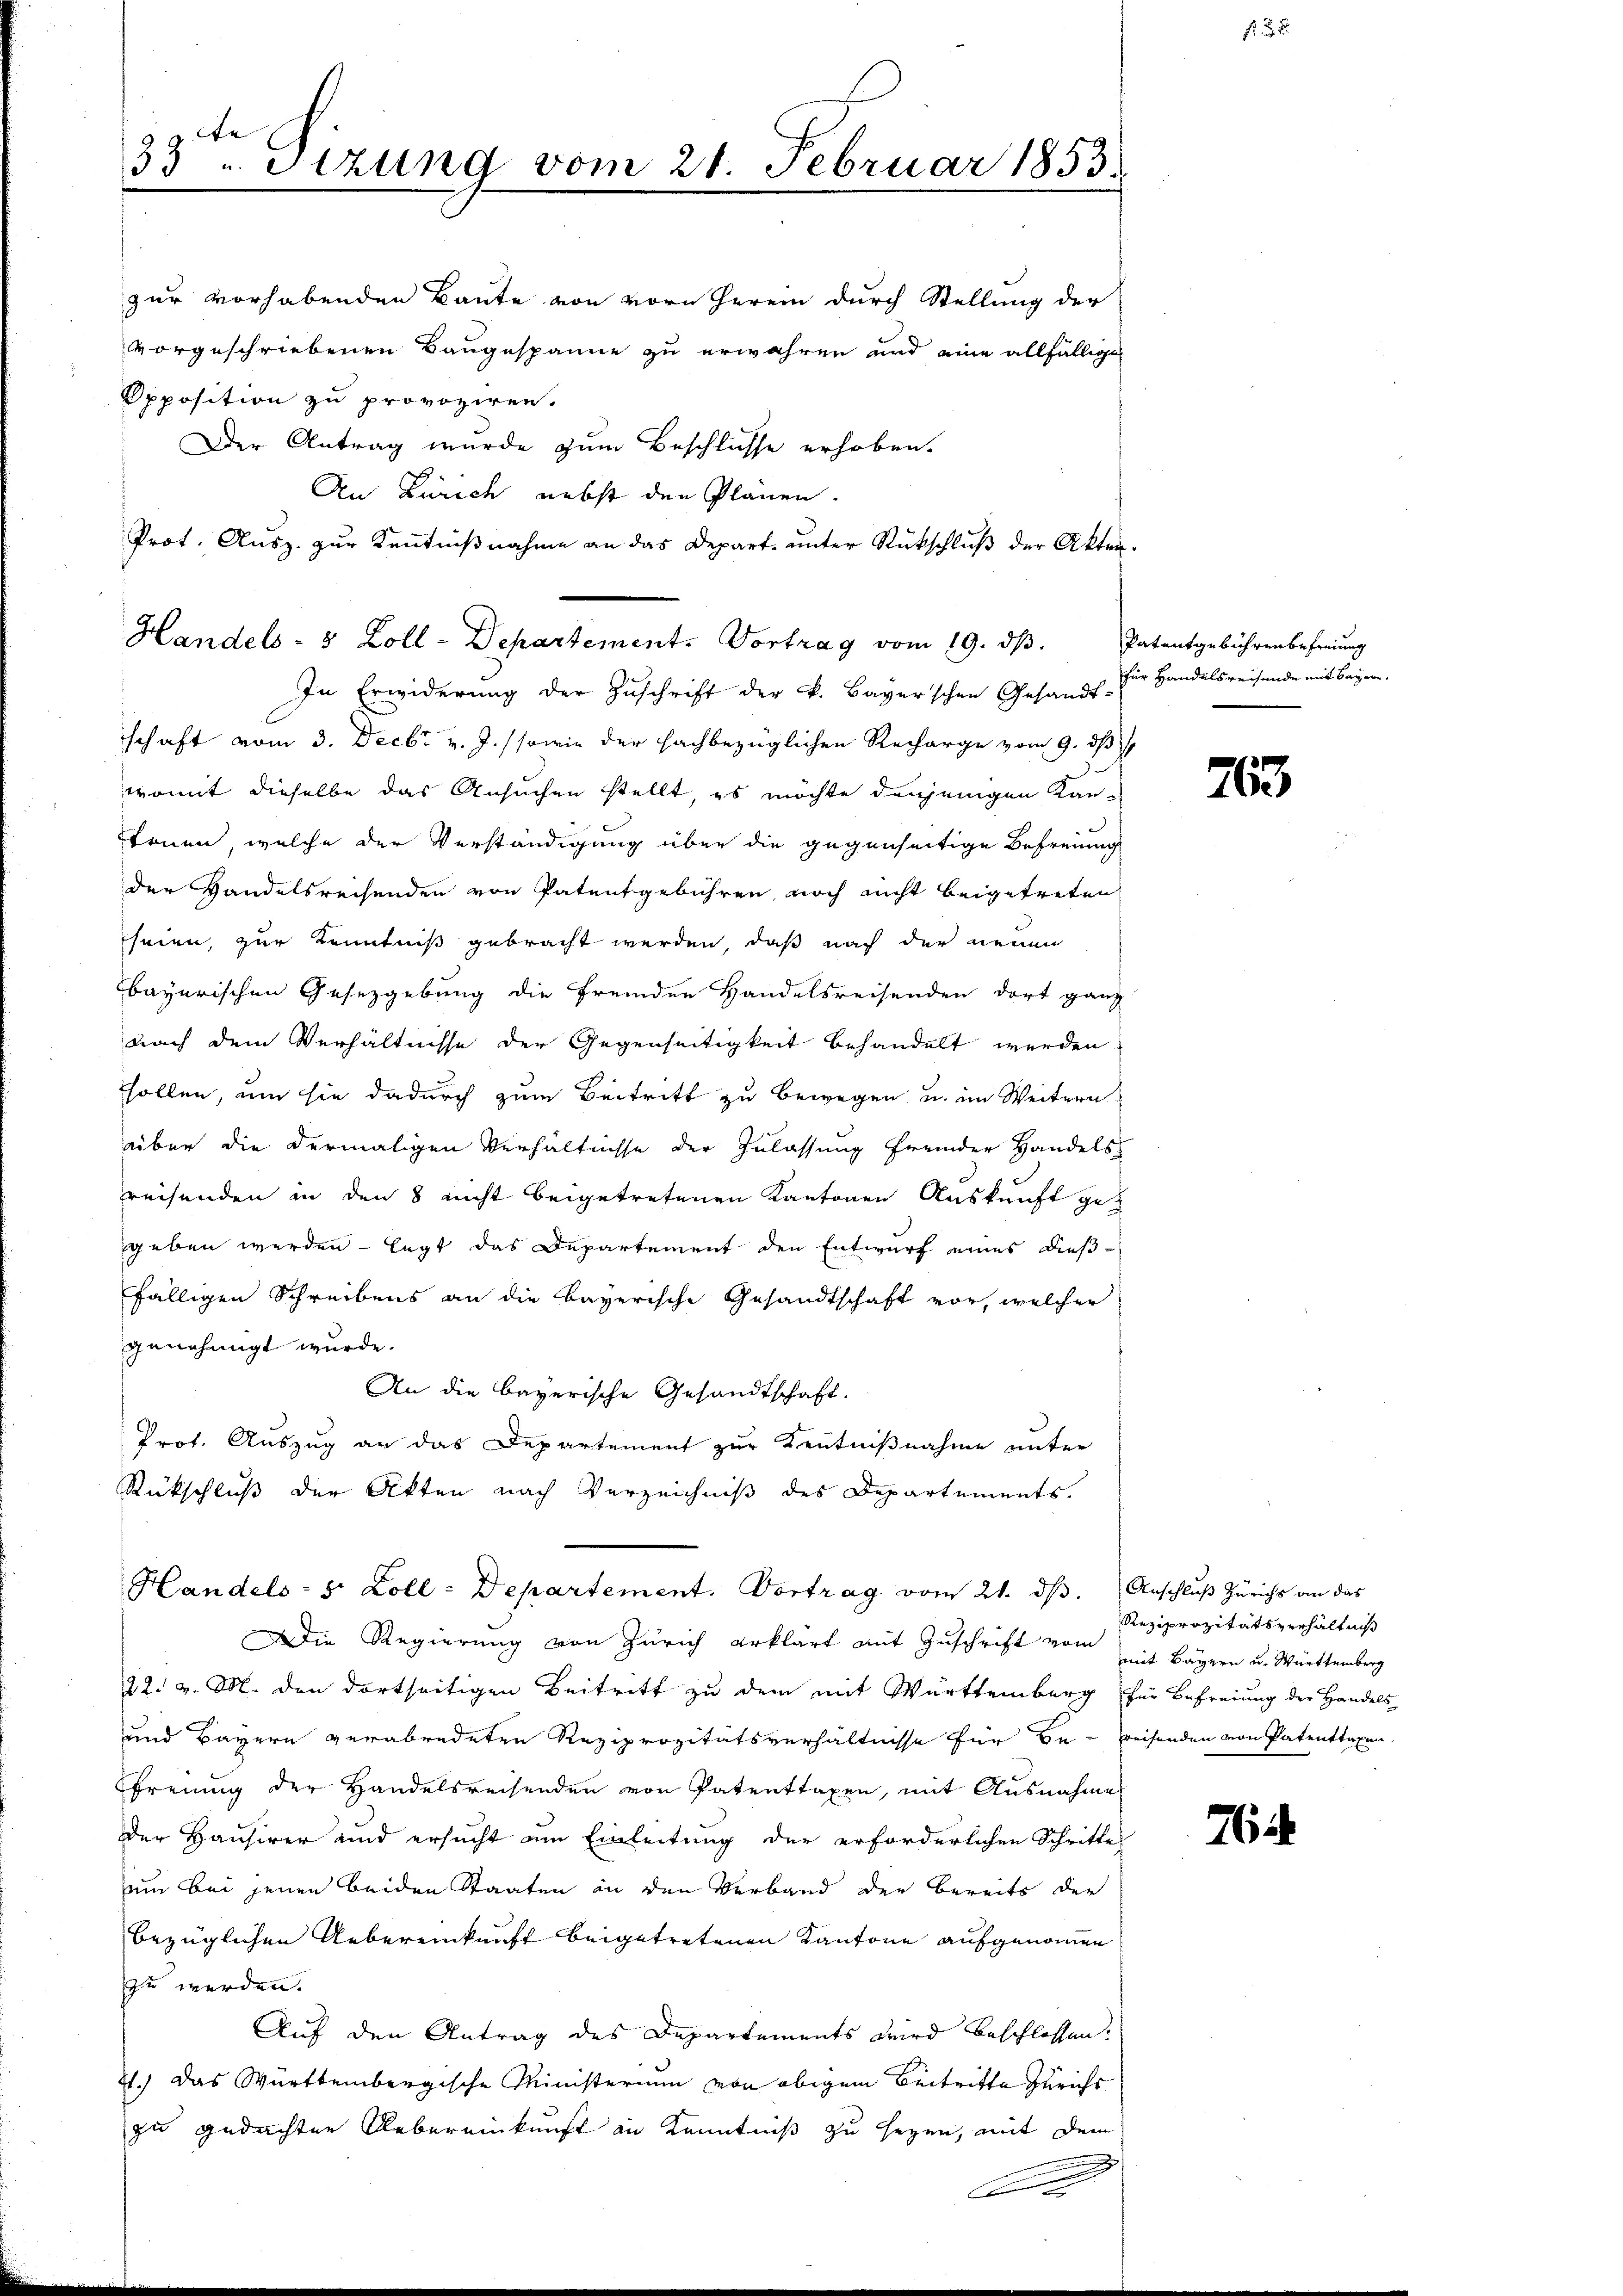
te
33 u Stzung vom 21. Februar 1853.

zur vorhabenden Baute von vorn herein durch Stellung der
vorgeschriebenen Baugespanne zu erwahren und eine allfällige
Opposition zu provoziren.
Der Antrag wurde zum Beschlüsse erhoben.
An Zürich nebst den Plänen.
Prot. Ausz. zur Kenntnißnahme an das Depart ŭnter Rückschlŭβ der Akten.
In Erwiderung der Zuschrift der v. Bayerschen Gesandt-
schaft vom 3. Decbr v. J. sowie der sachbezüglichen Recharge vom 9. dß i
womit dieselbe das Ansuchen stellt, es möchte denjenigen Kantonen, welche der Verständigung über die gegenseitige Befreunig
der Handelsrechenden von Patentgebühren, noch nicht beigetreten
heien, zur Kenntniß gebracht werden, daß nach der neuen
bayerischen Gesetzgebung die fremden Handelsreisenden dort ganz
nach dem Verhältnisse der Gegenseitigkeit behandelt werden
sollen, um sie dadurch zum Beitritt zu bewegen u. im Weitern
über die dermaligen Verhältnisse der Zulassung fremder Handels-
reisenden in den 8 nicht beigetretenen Kantonen Auskunft ge-
geben werden - legt das Departement den Entwurf eines dießfälligen Schreibens an die bayerische Gesandtschaft vor, welcher
genehmigt wurde.
An die bayerische Gesandtschaft.
Prot. Auszug an das Departement zur Kenntnißnahme unter
Rückschluß der Akten nach Verzeichniß des Departements
Handels- s. Zoll - Departement. Vortrag vom 21. ds. Anschluß Zürichs an das
Die Regierung von Zürich erklärt mit Zuschrift vom mit Bayern u. Württemberg
22. v. M. den dortseitigen Beitritt zu dem mit Württemberg für Befreiung der Handels
und Bayern verabredeten Reziprozitätsverhältnisse für de reisenden von Patenttaxen
Freuung der Handelsreisenden von Patenttaxen, mit Ausnahme
der Hausirer und ersucht am Einleitung der erforderlichen Schritte
um bei jenen beiden Staaten in den Verband der bereits der
bezüglichen Uebereinkunft beigetretenen Kantone aufgenommen
zu werden.
Auf den Antrag des Departements wird beschlossen:
1.) Das Württembergische Ministerium von obigem Beitritte Zürichs
zu gedachten Uebereinkunft in Kenntniß zu seyen, mit dem

Handels- 5 Zoll-Departement. Vortrag vom 19. ds. Patentgebührenbefreiung

c

g

für Handelsreisende mit Bayern.

763

Reziprozitätsverhältniß

764